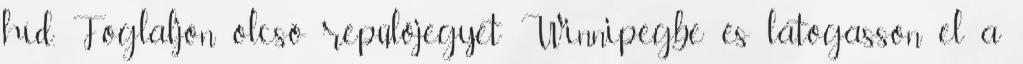
híd. Foglaljon olcsó repülőjegyet Winnipegbe és látogasson el a